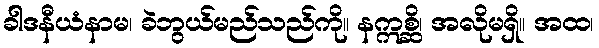
ခါဒနီယံနာမ၊ ခဲဘွယ်မည်သည်ကို။ နဣစ္ဆိ၊ အလိုမရှိ။ အထ၊